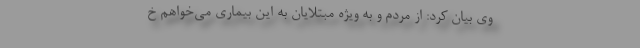
وی بیان کرد: از مردم و به ویژه مبتلایانِ به این بیماری می‌خواهم خ